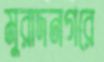
মুরাদনগরে